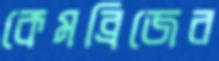
কেমব্রিজের